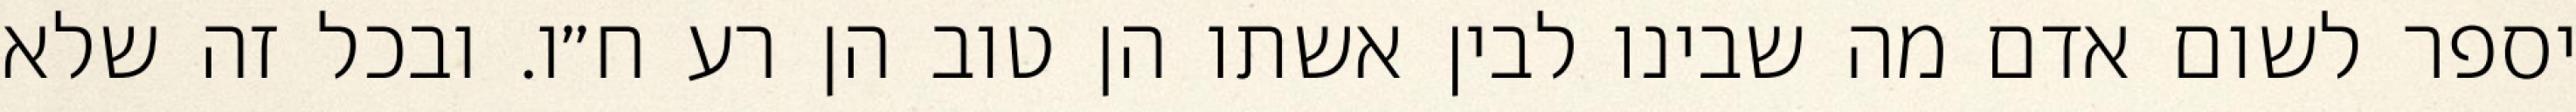
יספר לשום אדם מה שבינו לבין אשתו הן טוב הן רע ח״ו. ובכל זה שלא